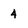
Character: 4